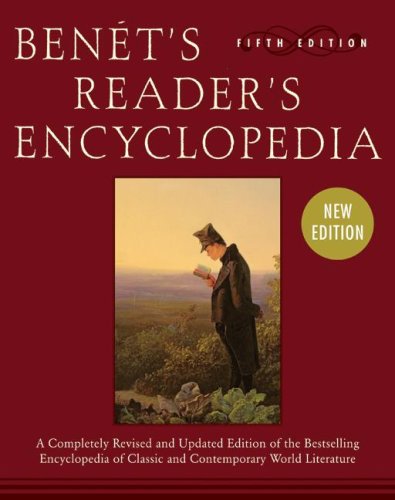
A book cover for Benet's Reader's Encyclopedia 5e: Fifth Edition; Bruce Murphy; Reference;